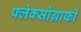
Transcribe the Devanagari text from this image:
फ्लेक्सोग्राफी